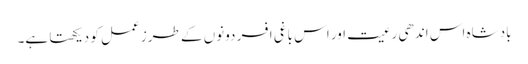
بادشاہ اس اندھی رعیت اور اس باغی افسر دونوں کے طرز عمل کو دیکھتا ہے۔